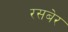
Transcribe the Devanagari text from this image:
रसबेर